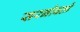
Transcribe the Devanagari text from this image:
सरनोबतो